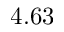
4 . 6 3